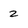
Character: 2